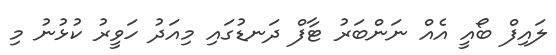
ލައިފް ބޯއީ އެއް ނަންބަރު ޓާފް ދަނޑުގައި މިއަދު ހަވީރު ކުޅުނު މި